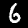
Digit: 6